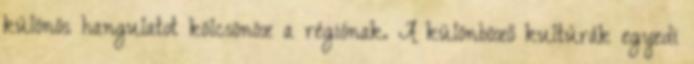
különös hangulatot kölcsönöz a régiónak. A különböző kultúrák egyedi